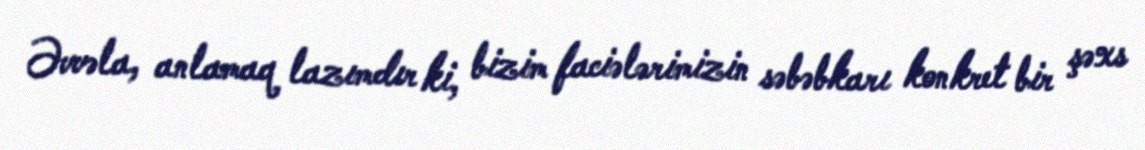
Əvvəla, anlamaq lazımdır ki, bizim faciələrimizin səbəbkarı konkret bir şəxs